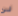
لن